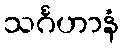
သင်္ဂဟာနံ